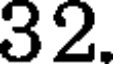
32.